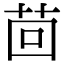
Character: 茴